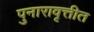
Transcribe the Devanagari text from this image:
पुनारावृत्तीत